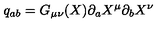
q _ { a b } = G _ { \mu \nu } ( X ) \partial _ { a } X ^ { \mu } \partial _ { b } X ^ { \nu }